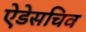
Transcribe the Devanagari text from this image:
ऐडेसचिव